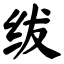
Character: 绂